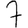
Digit: 7